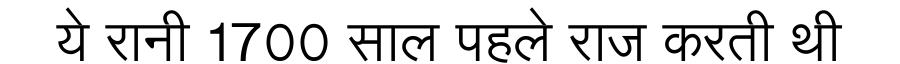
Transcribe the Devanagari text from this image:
ये रानी 1700 साल पहले राज करती थी